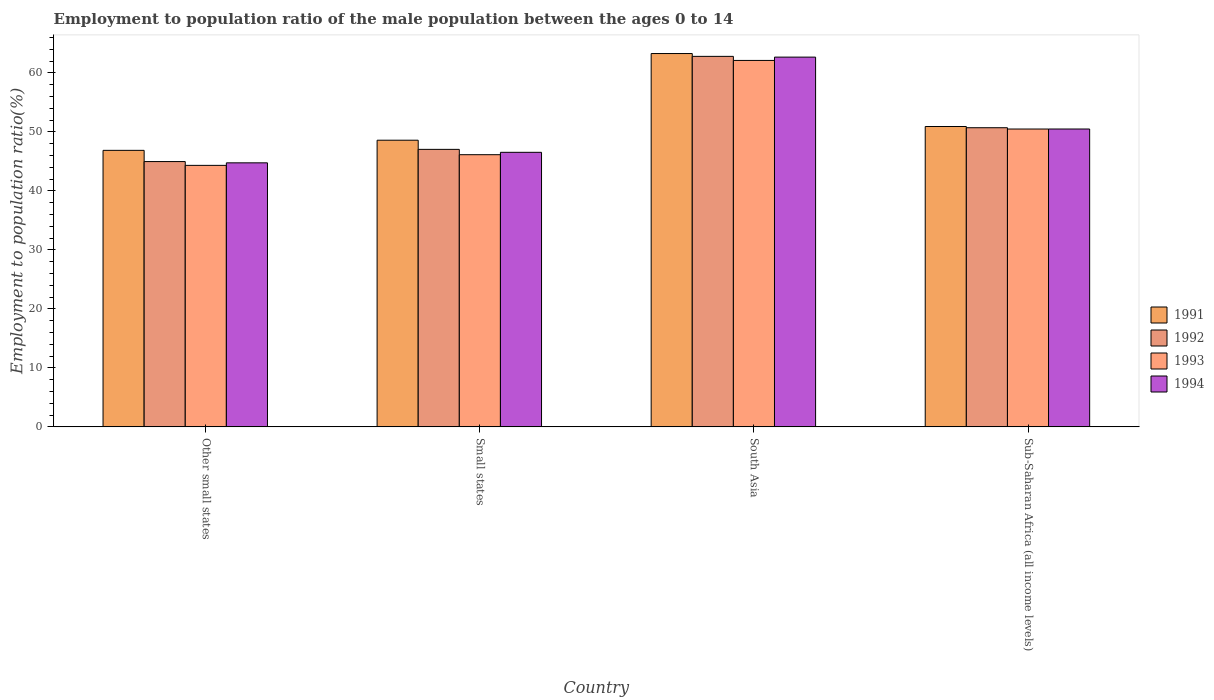
| Country | 1991 | 1992 | 1993 | 1994 |
 | --- | --- | --- | --- | --- |
 | Other small states | 46.9 | 45 | 44.3 | 44.7 |
 | Small states | 48.6 | 47 | 46.1 | 46.5 |
 | South Asia | 63.3 | 62.8 | 62.1 | 62.7 |
 | Sub-Saharan Africa (all income levels) | 50.9 | 50.7 | 50.5 | 50.5 |